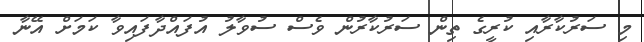
މި ސަރުކާރާއި ކުރީގެ ތިން ސަރުކާރުން ވެސް ސުވާލު އުފައްދާފައިވާ ކަމަށް އޭނާ